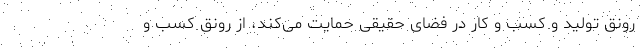
رونق تولید و کسب و کار در فضای حقیقی حمایت می‌کند، از رونق کسب و